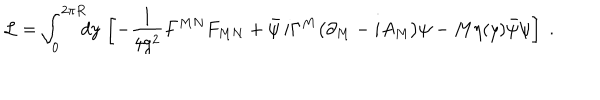
LaTeX: { \cal L } = \int _ { 0 } ^ { 2 \pi R } \! \! \! d y \, \left[ - \frac { 1 } { 4 g ^ { 2 } } F ^ { M N } F _ { M N } + \bar { \psi } \, i \Gamma ^ { M } \big ( \partial _ { M } - i A _ { M } \big ) \psi - M \eta ( y ) \bar { \psi } \psi \right] \; .